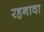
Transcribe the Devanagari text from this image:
रहनावा